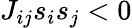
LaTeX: J_{ij}s_{i}s_{j}<0